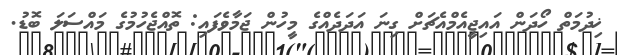
ޚިދުމަތް ހޯދަން އައިޖީއެމްއެޗަށް ގިނަ އަދަދެއްގެ މީހުން ޖަމާވެފައި: ތޮއްޖެހުމުގެ މައްސަލަ ބޮޑު.